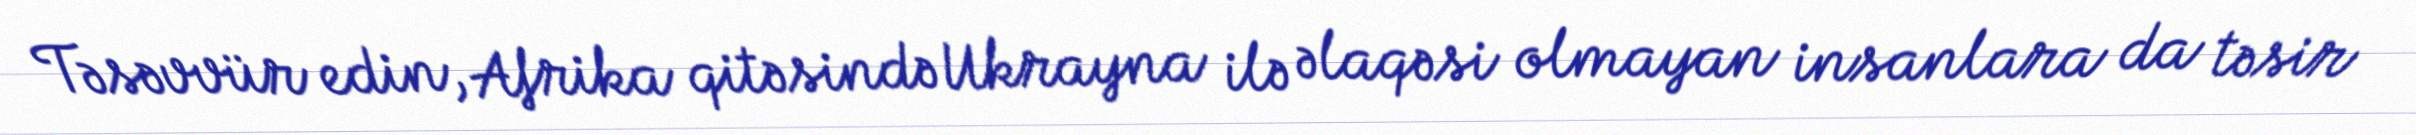
Təsəvvür edin, Afrika qitəsində Ukrayna ilə əlaqəsi olmayan insanlara da təsir